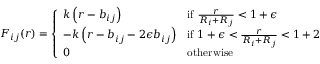
F _ { i j } ( r ) = \left\{ \begin{array} { l l } { k \left( r - b _ { i j } \right) } & { \mathrm { i f ~ } \frac { r } { R _ { i } + R _ { j } } < 1 + \epsilon } \\ { - k \left( r - b _ { i j } - 2 \epsilon b _ { i j } \right) } & { \mathrm { i f ~ } 1 + \epsilon < \frac { r } { R _ { i } + R _ { j } } < 1 + 2 } \\ { 0 } & { \mathrm { o t h e r w i s e } } \end{array} \right.